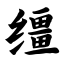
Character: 缰